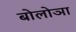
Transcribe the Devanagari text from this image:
बोलोञा